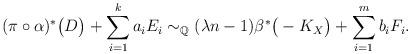
LaTeX: \begin{align*}(\pi\circ\alpha)^*\big(D\big)+\sum_{i=1}^k a_iE_i\sim_{\mathbb{Q}}(\lambda n-1)\beta^*\big(-K_X\big)+\sum_{i=1}^m b_iF_i.\end{align*}